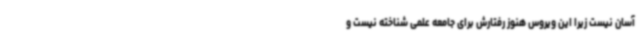
آسان نیست زیرا این ویروس هنوز رفتارش برای جامعه علمی شناخته نیست و